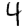
Digit: 4